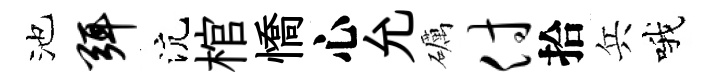
池弭沆棺憍心允礪付拾兵哦